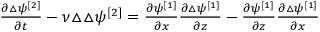
\begin{array} { r } { \frac { \partial \triangle \psi ^ { [ 2 ] } } { \partial t } - \nu \triangle \triangle \psi ^ { [ 2 ] } = \frac { \partial \psi ^ { [ 1 ] } } { \partial x } \frac { \partial \triangle \psi ^ { [ 1 ] } } { \partial z } - \frac { \partial \psi ^ { [ 1 ] } } { \partial z } \frac { \partial \triangle \psi ^ { [ 1 ] } } { \partial x } } \end{array}